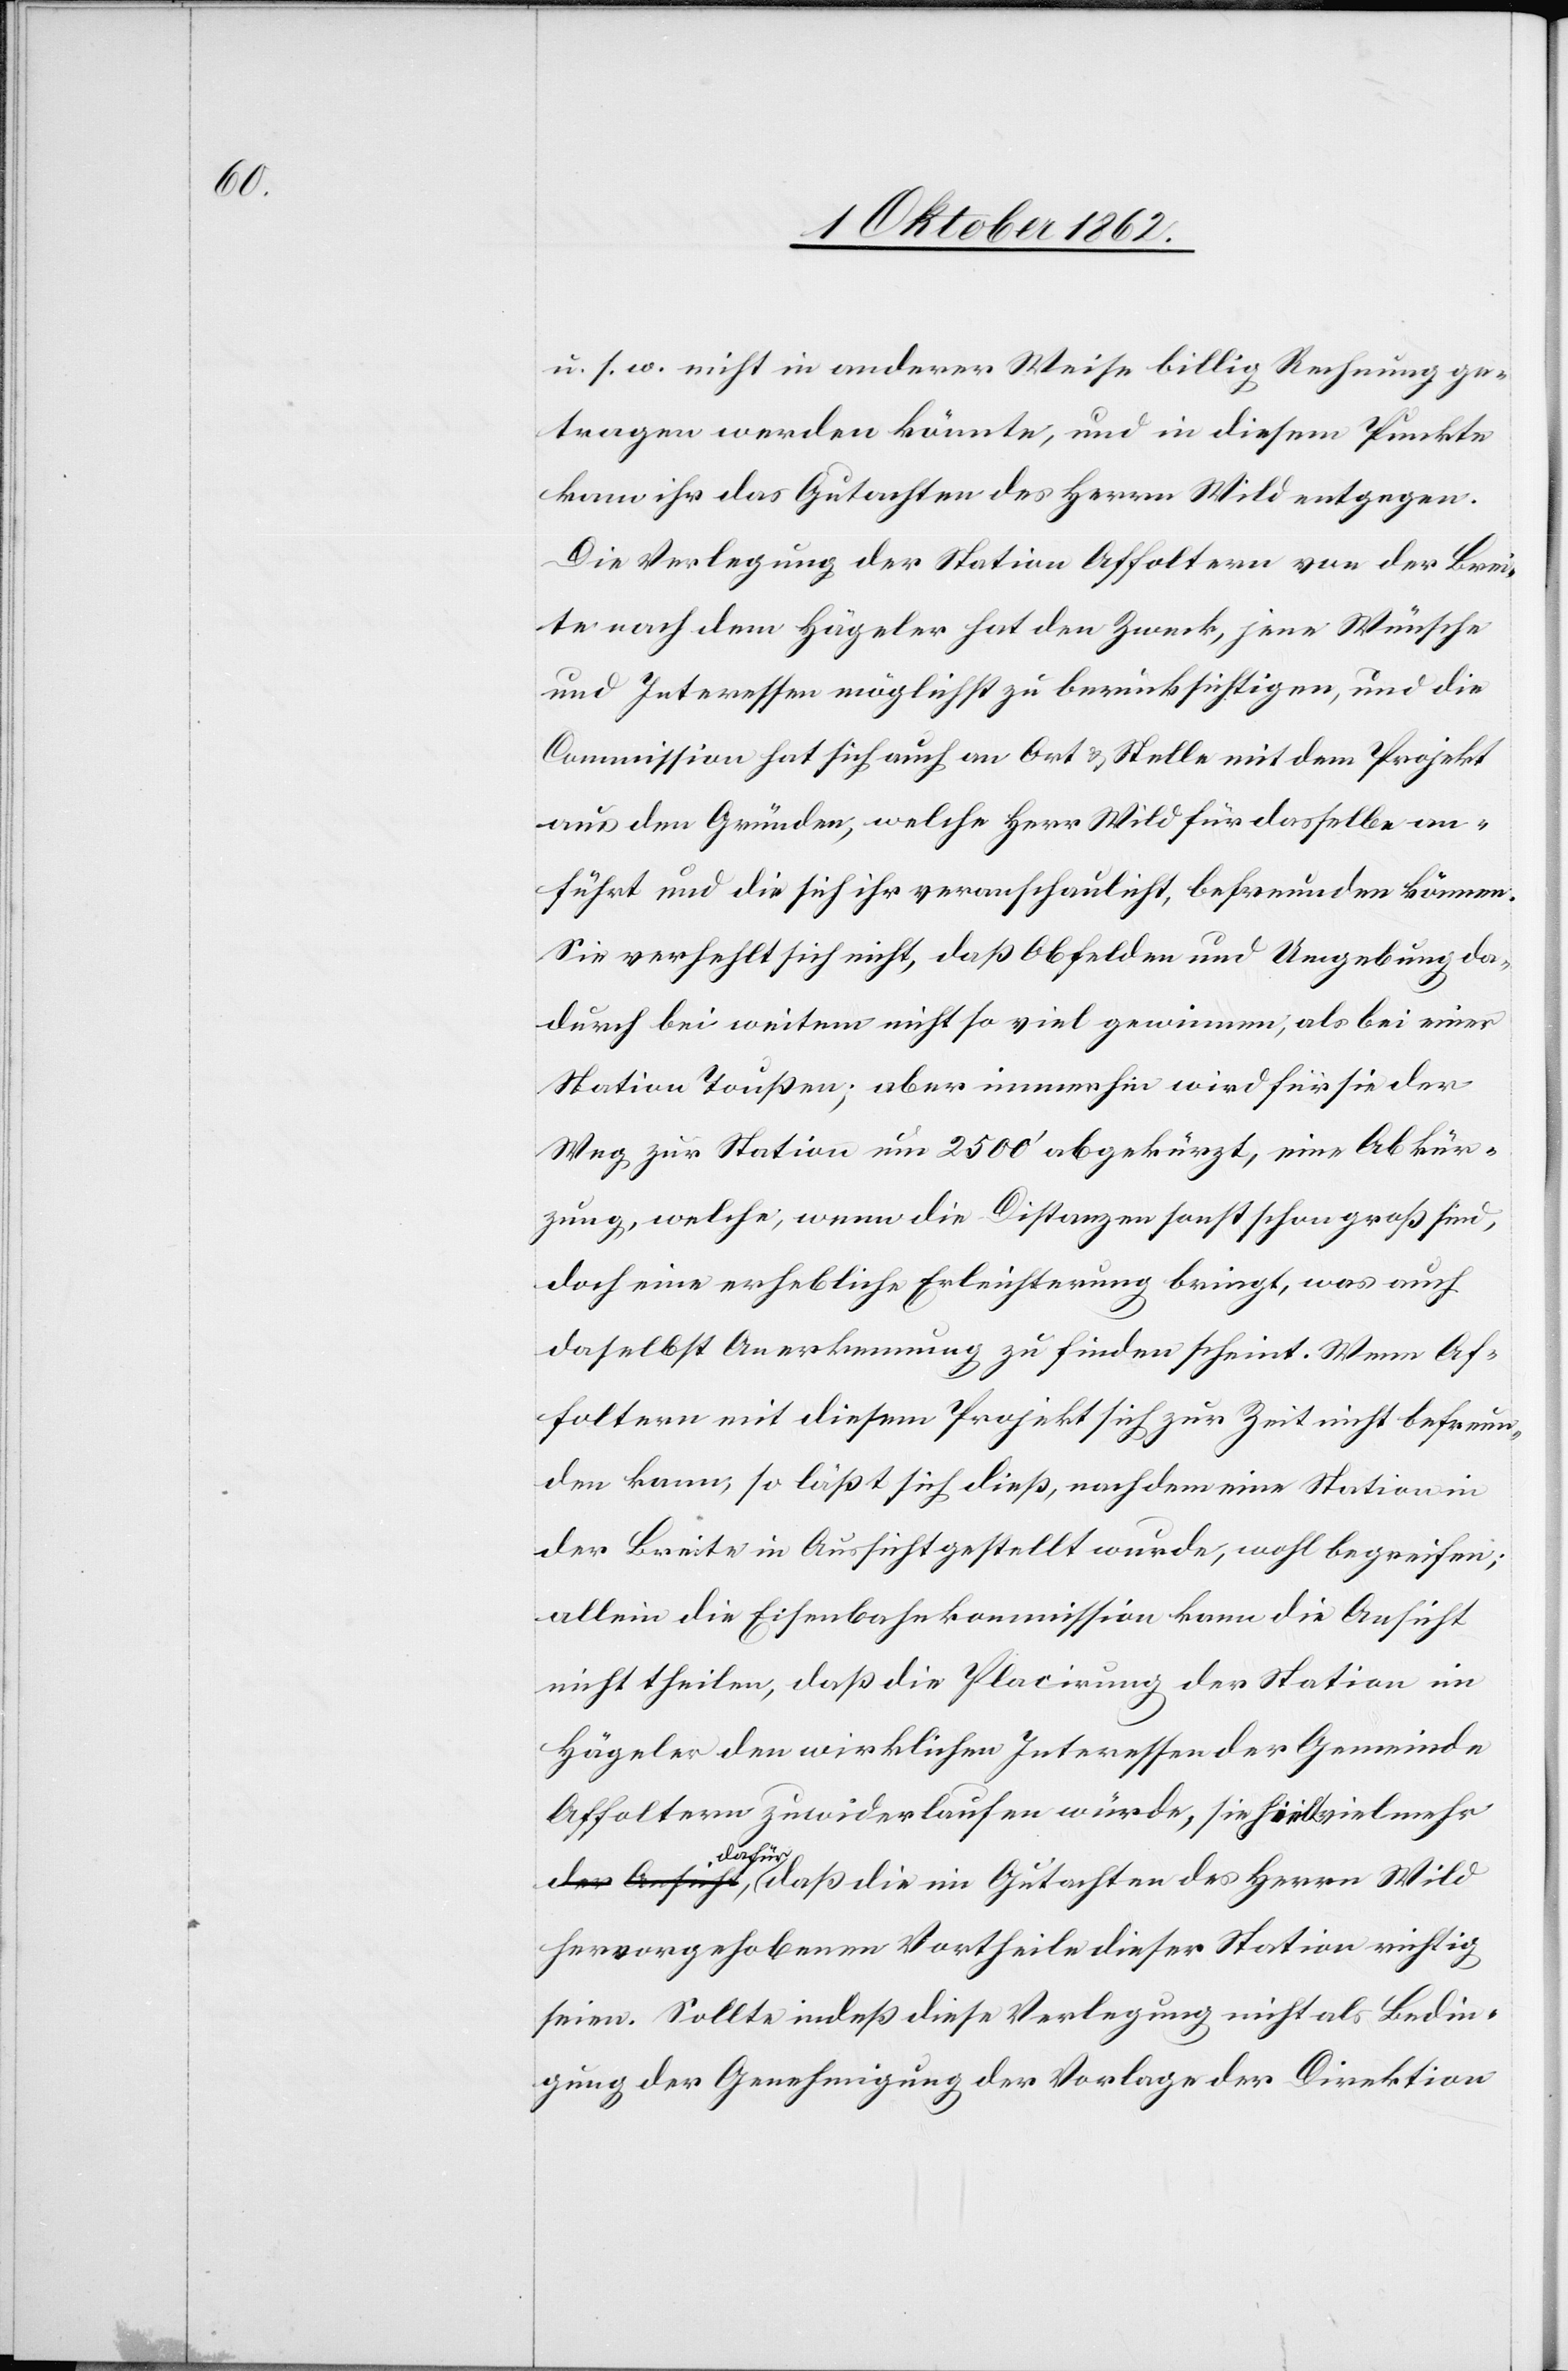
u. s. w. nicht in anderer Weise billig Rechnung ge¬
tragen werden könnte, und in diesem Punkte
kam ihr das Gutachten des Herrn Wild entgegen.
Die Verlegung der Station Affoltern von der Brei¬
te nach dem Hägeler hat den Zweck, jene Wünsche
und Interessen möglichst zu berücksichtigen, und die
Commission hat sich auch an Ort u. Stelle mit dem Projekt
aus den Gründen, welche Herr Wild für dasselbe an¬
führt und die sich ihr veranschaulicht, befreunden können.
Sie verhielt sich nicht, daß Obfelden und Umgebung da¬
durch bei weitem nicht so viel gewinne, als bei einer
Station Toußen; aber immerhin wird für sie der
Weg zur Station um 2500’ abgekürzt, eine Abkür¬
zung, welche, wenn die Distanzen sonst schon groß sind,
doch eine erhebliche Erleichterung bringt, was auch
daselbst Anerkennung zu finden scheint. Wenn Af¬
foltern mit diesem Projekt sich zur Zeit nicht befreun¬
den kann, so läßt sich dieß, nachdem eine Station in
der Breite in Aussicht gestellt wurde, wohl begreifen;
allein die Eisenbahnkommission kann die Ansicht
nicht theilen, daß die Placierung der Station im
Hägeler den wirklichen Interessen der Gemeinde
Affoltern zuwiderlaufen würde, sie sei vielmehr
daß die im Gutachten des Herrn Wild
der Ansicht,
hervorgehobenen Vortheile dieser Station wichtig
seien. Sollte indeß diese Verlegung nicht als Bedin¬
gung der Genehmigung der Vorlage der Direktion